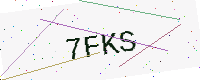
Text: 7FKS